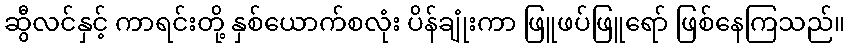
ဆွီလင်နှင့် ကာရင်းတို့ နှစ်ယောက်စလုံး ပိန်ချုံးကာ ဖြူဖပ်ဖြူရော် ဖြစ်နေကြသည်။